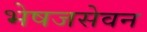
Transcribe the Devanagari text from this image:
भेषजसेवन